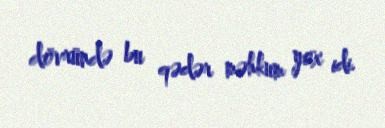
dövründə bu qədər məhkum yox idi.